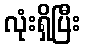
လုံးရှိပြီး